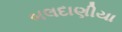
બલદાણીયા